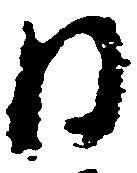
日